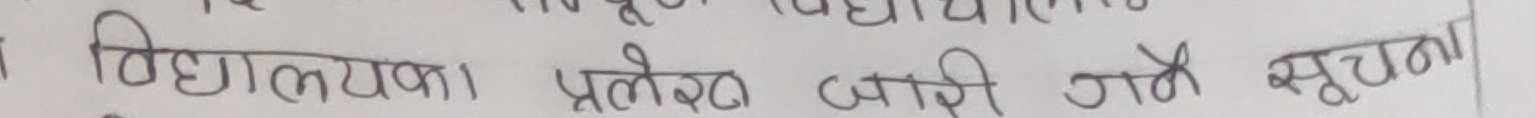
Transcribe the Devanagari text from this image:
विद्यालयका प्रवेश जारी गर्ने सूचना